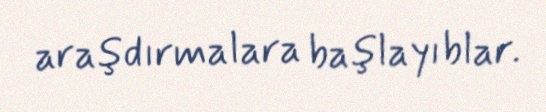
araşdırmalara başlayıblar.